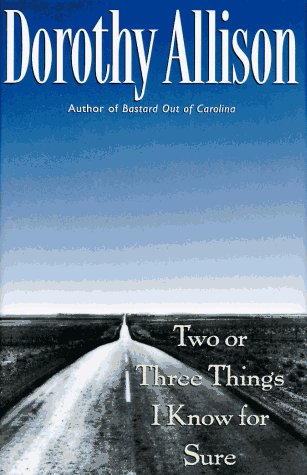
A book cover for Two or Three Things I Know for Sure; Dorothy Allison; Literature & Fiction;